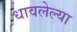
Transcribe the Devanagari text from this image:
धावलेल्या